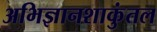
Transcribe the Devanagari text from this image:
अभिज्ञानशाकुंतल